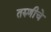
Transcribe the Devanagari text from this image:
तरुणीचे